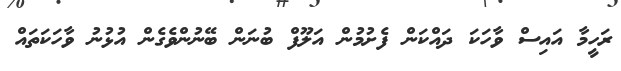
ރަހީމާ އައިސް ވާހަކަ ދައްކަން ފެށުމުން އަލޫފް ބުނަން ބޭނުންވެގެން އުޅުނު ވާހަކަތައް